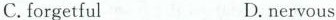
C.forgetful D.nervous